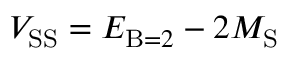
V _ { \mathrm { S S } } = E _ { \mathrm { B } = 2 } - 2 M _ { \mathrm { S } }